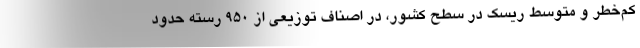
کم‌خطر و متوسط ریسک در سطح کشور، در اصناف توزیعی از ۹۵۰ رسته حدود